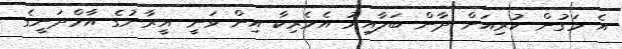
އެ މަގުން ކުރިއަށް ދާން ބަލާއިރު އެމެރިކާ އިން ވަނީ އީރާނުގެ އާމްދަނީގެ